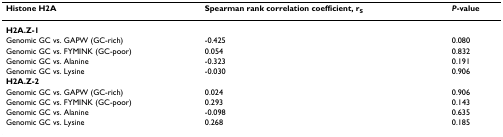
<table><thead><tr><td><b>Histone H2A</b></td><td><b>Spearman rank correlation coefficient, r<sub>S</sub></b></td><td><b><i>P</i>-value</b></td></tr></thead><tbody><tr><td><b>H2A.Z-1</b></td><td></td><td></td></tr><tr><td>Genomic GC vs. GAPW (GC-rich)</td><td>-0.425</td><td>0.080</td></tr><tr><td>Genomic GC vs. FYMINK (GC-poor)</td><td>0.054</td><td>0.832</td></tr><tr><td>Genomic GC vs. Alanine</td><td>-0.323</td><td>0.191</td></tr><tr><td>Genomic GC vs. Lysine</td><td>-0.030</td><td>0.906</td></tr><tr><td><b>H2A.Z-2</b></td><td></td><td></td></tr><tr><td>Genomic GC vs. GAPW (GC-rich)</td><td>0.024</td><td>0.906</td></tr><tr><td>Genomic GC vs. FYMINK (GC-poor)</td><td>0.293</td><td>0.143</td></tr><tr><td>Genomic GC vs. Alanine</td><td>-0.098</td><td>0.635</td></tr><tr><td>Genomic GC vs. Lysine</td><td>0.268</td><td>0.185</td></tr></tbody></table>